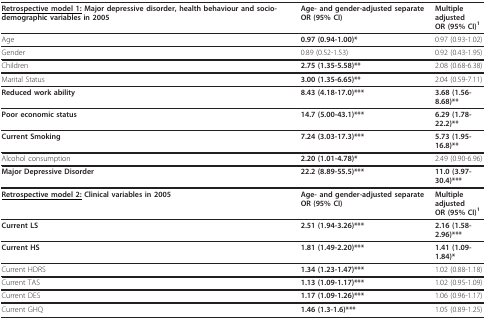
| <underline>Retrospective model 1:</underline> Major depressive disorder, health behaviour and socio-demographic variables in 2005 | Age- and gender-adjusted separate OR (95% CI) | Multiple adjustedOR (95% CI)1 |
 | --- | --- | --- |
 | Age | 0.97 (0.94-1.00)* | 0.97 (0.93-1.02) |
 | Gender | 0.89 (0.52-1.53) | 0.92 (0.43-1.95) |
 | Children | 2.75 (1.35-5.58)** | 2.08 (0.68-6.38) |
 | Marital Status | 3.00 (1.35-6.65)** | 2.04 (0.59-7.11) |
 | Reduced work ability | 8.43 (4.18-17.0)*** | 3.68 (1.56-8.68)** |
 | Poor economic status | 14.7 (5.00-43.1)*** | 6.29 (1.78-22.2)** |
 | Current Smoking | 7.24 (3.03-17.3)*** | 5.73 (1.95-16.8)** |
 | Alcohol consumption | 2.20 (1.01-4.78)* | 2.49 (0.90-6.96) |
 | Major Depressive Disorder | 22.2 (8.89-55.5)*** | 11.0 (3.97-30.4)*** |
 | <underline>Retrospective model 2:</underline> Clinical variables in 2005 | Age- and gender-adjusted separate OR (95% CI) | Multiple adjustedOR (95% CI)1 |
 | Current LS | 2.51 (1.94-3.26)*** | 2.16 (1.58-2.96)*** |
 | Current HS | 1.81 (1.49-2.20)*** | 1.41 (1.09-1.84)* |
 | Current HDRS | 1.34 (1.23-1.47)*** | 1.02 (0.88-1.18) |
 | Current TAS | 1.13 (1.09-1.17)*** | 1.02 (0.95-1.09) |
 | Current DES | 1.17 (1.09-1.26)*** | 1.06 (0.96-1.17) |
 | Current GHQ | 1.46 (1.3-1.6)*** | 1.05 (0.89-1.25) |